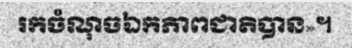
រកចំណុចឯកភាពជាតិបាន»។